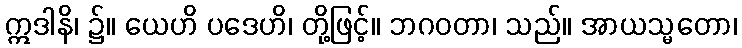
ဣဒါနိ၊ ၌။ ယေဟိ ပဒေဟိ၊ တို့ဖြင့်။ ဘဂဝတာ၊ သည်။ အာယသ္မတော၊